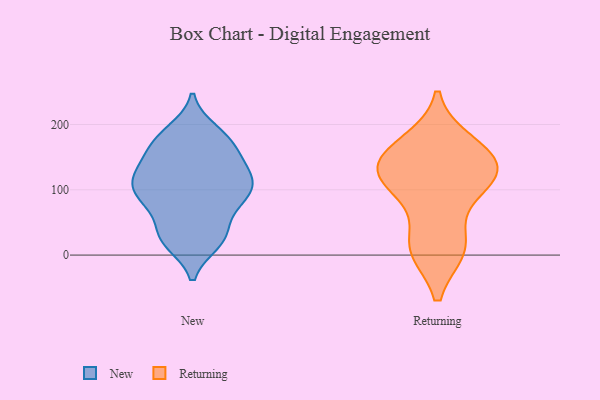
{"axis": {"x": "Demand Index", "y": "Value"}, "legend": ["New", "Returning"], "data": [{"x": "", "y": 108, "type": "New"}, {"x": "", "y": 141, "type": "New"}, {"x": "", "y": 98, "type": "New"}, {"x": "", "y": 19, "type": "New"}, {"x": "", "y": 172, "type": "New"}, {"x": "", "y": 35, "type": "New"}, {"x": "", "y": 114, "type": "New"}, {"x": "", "y": 190, "type": "New"}, {"x": "", "y": 84, "type": "New"}, {"x": "", "y": 35, "type": "New"}, {"x": "", "y": 167, "type": "New"}, {"x": "", "y": 107, "type": "New"}, {"x": "", "y": 20, "type": "New"}, {"x": "", "y": 85, "type": "New"}, {"x": "", "y": 132, "type": "New"}, {"x": "", "y": 179, "type": "New"}, {"x": "", "y": 134, "type": "New"}, {"x": "", "y": 76, "type": "New"}, {"x": "", "y": 118, "type": "Returning"}, {"x": "", "y": 160, "type": "Returning"}, {"x": "", "y": 11, "type": "Returning"}, {"x": "", "y": 171, "type": "Returning"}, {"x": "", "y": 108, "type": "Returning"}, {"x": "", "y": 139, "type": "Returning"}, {"x": "", "y": 10, "type": "Returning"}, {"x": "", "y": 15, "type": "Returning"}, {"x": "", "y": 131, "type": "Returning"}, {"x": "", "y": 100, "type": "Returning"}, {"x": "", "y": 144, "type": "Returning"}]}